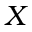
X